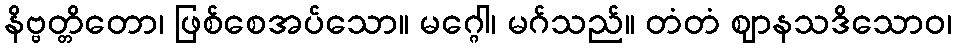
နိဗ္ဗတ္တိတော၊ ဖြစ်စေအပ်သော။ မဂ္ဂေါ၊ မဂ်သည်။ တံတံ ဈာနသဒိသောဝ၊